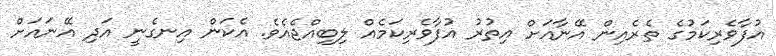
އުފާވެރިކަމުގެ ތެރެއިން އޭނާއަށް އިތުރު އުފާވެރިކަމެއް ލިބިއްޖެއެވެ. އެކަން އިނގެނީ އަދި އޭނައަށް